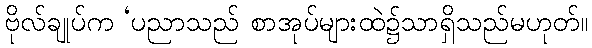
ဗိုလ်ချုပ်က ‘ပညာသည် စာအုပ်များထဲ၌သာရှိသည်မဟုတ်။